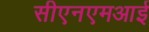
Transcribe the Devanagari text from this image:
सीएनएमआई